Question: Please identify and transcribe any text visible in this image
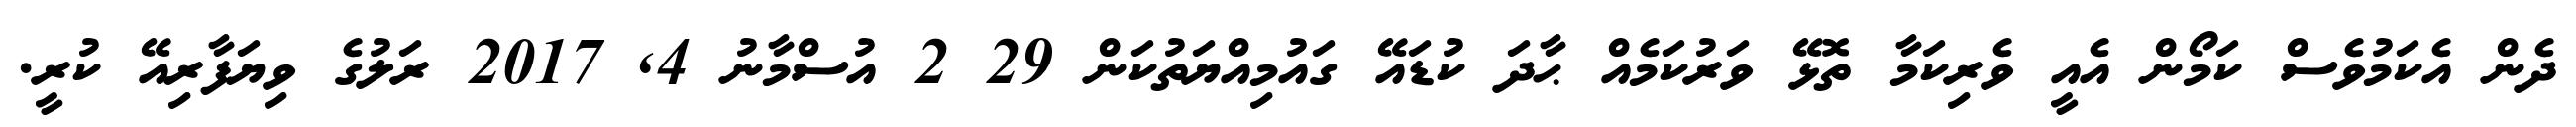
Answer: ދެން އެކަމުވެސް ކަމޯން އެއީ ވެރިކަމާ ތޮޅޭ ވަރުކަމެއް ޙާދަ ކުޑައޭ ގައުމިއްޔަތުކަން 29 2 އުސްމާނު 4, 2017 ރަލުގެ ވިޔަފާރިއޭ ކުރީ.